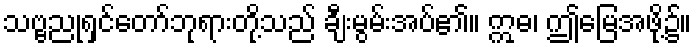
သဗ္ဗညုရှင်တော်ဘုရားတို့သည် ချီးမွမ်းအပ်၏။ ဣဓ၊ ဤမြေအဖို့၌။